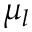
\mu _ { l }